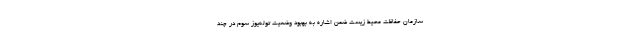
سازمان حفاظت محیط زیست ضمن اشاره به بهبود وضعیت توله‌یوز سوم در چند